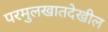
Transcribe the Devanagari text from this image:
परमुलखातदेखील